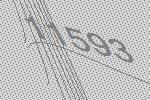
11593